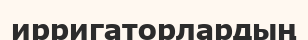
ирригаторлардың